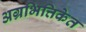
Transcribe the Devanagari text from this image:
अग्रभित्तिकेत